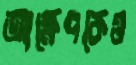
আক্ষেপকেও